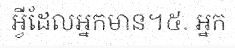
អ្វីដែលអ្នកមាន។៥. អ្នក